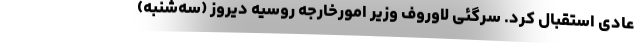
عادی استقبال کرد. سرگئی لاوروف وزیر امورخارجه روسیه دیروز (سه‌شنبه)